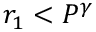
r _ { 1 } < P ^ { \gamma }